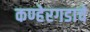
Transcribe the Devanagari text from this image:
कण्हेरगडाचे